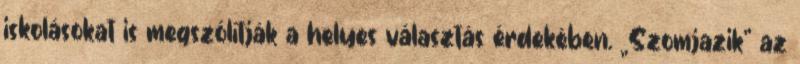
iskolásokat is megszólítják a helyes választás érdekében. „Szomjazik” az